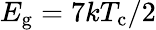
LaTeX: E_{\mathrm{g}}=7kT_{\mathrm{c}}/2